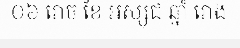
០៦ រោច ខែ អស្សុជ ឆ្នាំ រោង